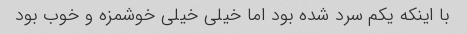
با اینکه یکم سرد شده بود اما خیلی خیلی خوشمزه و خوب بود